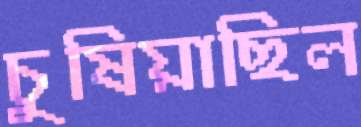
চুষিয়াছিল